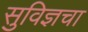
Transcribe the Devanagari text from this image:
सुविज्ञचा